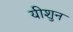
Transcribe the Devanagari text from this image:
यीशुन